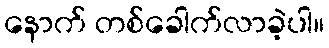
နောက် တစ်ခေါက်လာခဲ့ပါ။